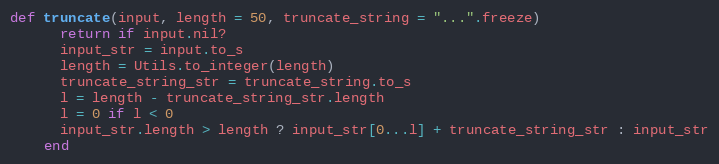
Language: Ruby
def truncate(input, length = 50, truncate_string = "...".freeze)
      return if input.nil?
      input_str = input.to_s
      length = Utils.to_integer(length)
      truncate_string_str = truncate_string.to_s
      l = length - truncate_string_str.length
      l = 0 if l < 0
      input_str.length > length ? input_str[0...l] + truncate_string_str : input_str
    end